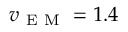
v _ { \mathrm { ~ E ~ M ~ } } = 1 . 4